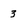
Character: 3